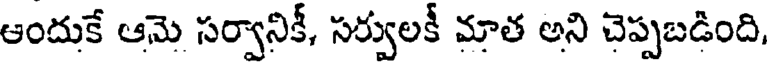
ఆందుకే ఆమె సర్వానికీ, సర్వులకీ మాత అని చెప్పబడింది,